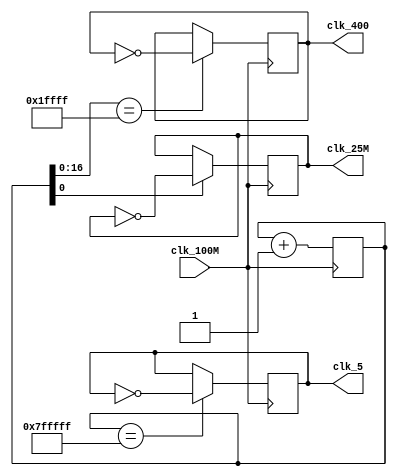
module freq_devider(
	output reg clk_25M,
	output reg clk_400,
	output reg clk_5,
	input clk_100M
    );

	reg [22:0] counter;

	always @ (posedge clk_100M)
		counter <= counter + 1;

	always @ (posedge clk_100M)
	begin
		if (counter[0])
			clk_25M <= ~clk_25M;
		if (counter[16:0] == 17'hFFFFF)
			clk_400 <= ~clk_400;
		if (counter == 23'hFFFFFF)
			clk_5 <= ~clk_5;
	end

endmodule